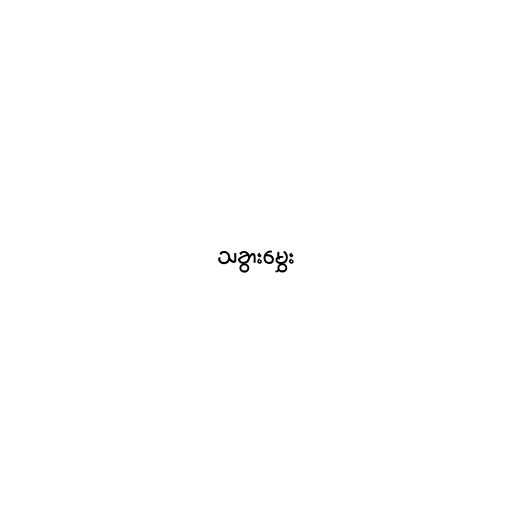
သခွားမွှေး